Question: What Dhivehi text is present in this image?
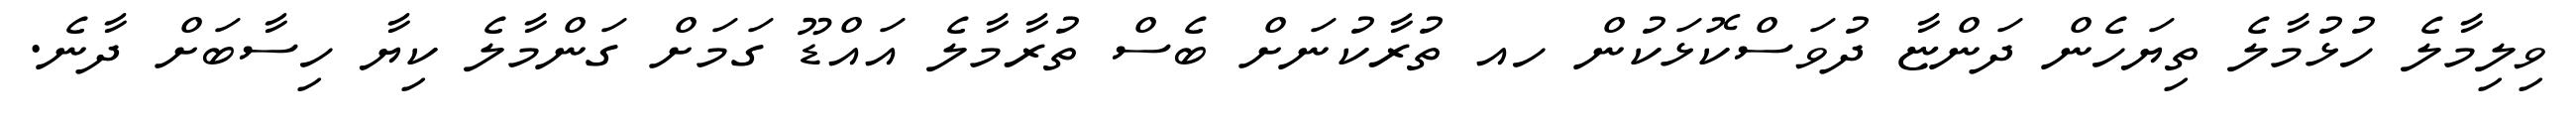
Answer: ވިލިމާލެ ހުޅުމާލެ ތިޔަހެން ދަންޏާ ދުވަސްކޮޅަކުން ހއ ތުރާކުނަށް ބެސް ތުރާމާލެ އައްޑޫ ގަމަށް ގަންމާލެ ކިޔާ ހިސާބަށް ދާނެ.